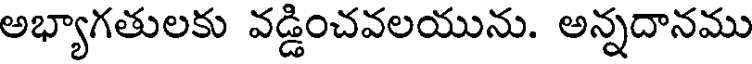
అభ్యాగతులకు వడ్డించవలయును. అన్నదానము